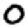
Digit: 0